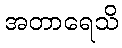
အတာရေသိ